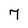
Character: 7